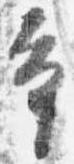
幸